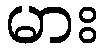
မား